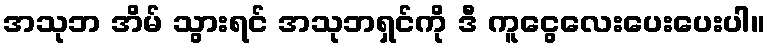
အသုဘ အိမ် သွားရင် အသုဘရှင်ကို ဒီ ကူငွေလေးပေးပေးပါ။